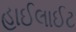
હાઈલાઈટ